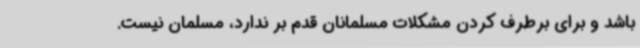
باشد و برای برطرف کردن مشکلات مسلمانان قدم بر ندارد، مسلمان نیست.